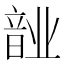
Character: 𬰺